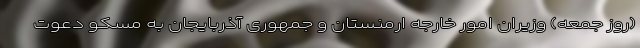
(روز جمعه) وزیران امور خارجه ارمنستان و جمهوری آذربایجان به مسکو دعوت